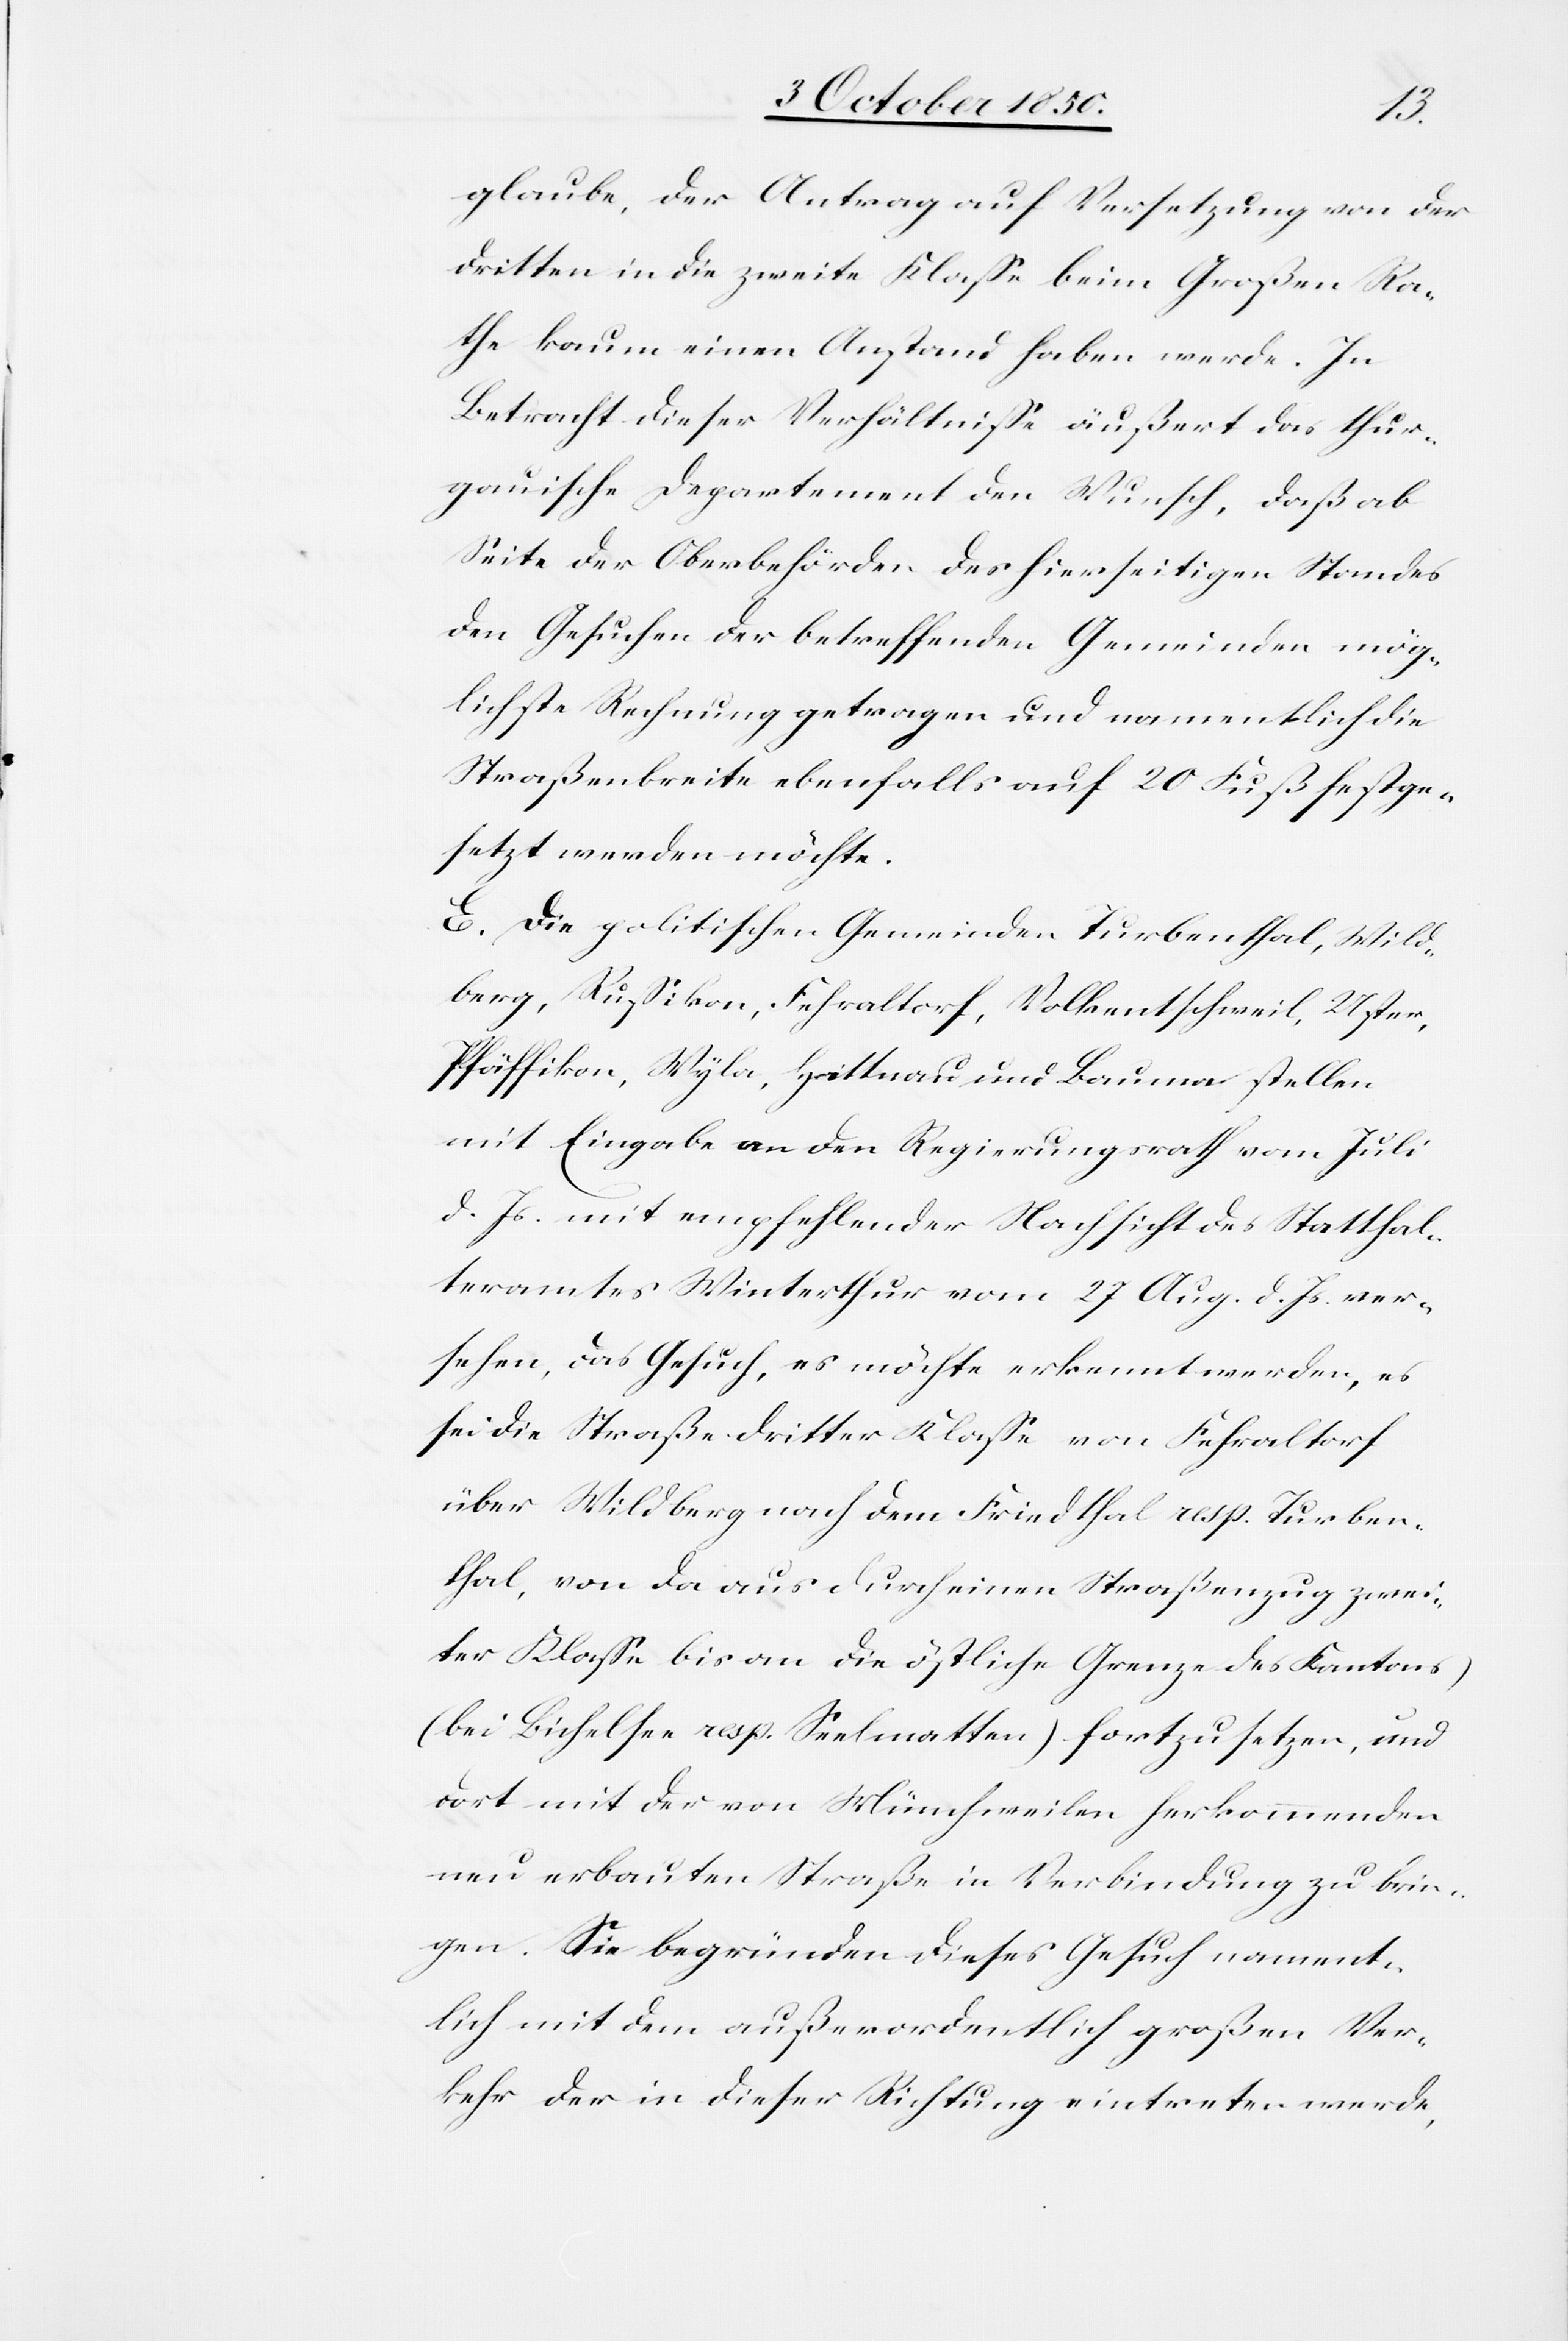
glaube, der Antrag auf Versetzung von der
dritten in die zweite Klasse beim Großen Ra¬
the kaum einen Anstand haben werde. In
Betracht dieser Verhältnisse äußert das thur¬
gauische Departement den Wunsch, daß ab
Seite der Oberbehörden des hierseitigen Standes
den Gesuchen der betreffenden Gemeinden mög¬
lichste Rechnung getragen und namentlich die
Straßenbreite ebenfalls auf 20 Fuß festge¬
setzt werden möchte.
E. Die politischen Gemeinden Turbenthal, Wild¬
berg, Russikon, Fehraltorf, Volkentschweil, Uster,
Pfäffikon, Wyla, Hittnau und Bauma stellen
mit Eingabe an den Regierungsrath vom Juli
d. Js. mit empfehlender Nachsicht des Statthal¬
teramtes Winterthur vom 27 Aug. d. Js. ver¬
sehen, das Gesuch, es möchte erkennt werden, es
sei die Straße dritter Klasse von Fehraltorf
über Wildberg nach dem Friedthal resp. Turben¬
thal, von da aus durch einen Straßenzug zwei¬
ter Klasse bis an die östliche Grenze des Kantons
(bei Bichelsee resp. Seelmatten) fortzusetzen, und
dort mit der von Münchweilen herkommenden
neu erbauten Straße in Verbindung zu brin¬
gen. Sie begründen dieses Gesuch nament¬
lich mit dem außerordentlich großen Ver¬
kehr der in dieser Richtung eintreten werde,